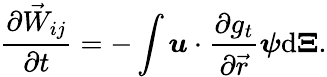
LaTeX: \frac{\partial\vec{W}_{ij}}{\partial t}=-\int\boldsymbol{u}\cdot\frac{\partial g_{t}}{\partial\vec{r}}\boldsymbol{\psi}\mathrm{d}\boldsymbol{\Xi}.